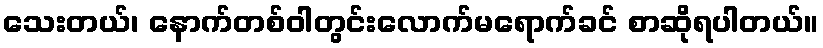
သေးတယ်၊ နောက်တစ်ဝါတွင်းလောက်မရောက်ခင် စာဆိုရပါတယ်။